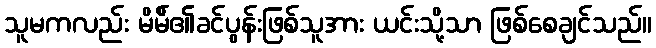
သူမကလည်း မိမ်ိ၏ခင်ပွန်းဖြစ်သူအား ယင်းသို့သာ ဖြစ်စေချင်သည်။